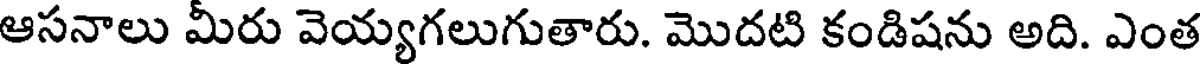
ఆసనాలు మీరు వెయ్యగలుగుతారు. మొదటి కండిషను అది. ఎంత